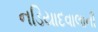
નડિયાદવાલાની